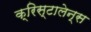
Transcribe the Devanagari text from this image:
क्रिस्टालेन्स